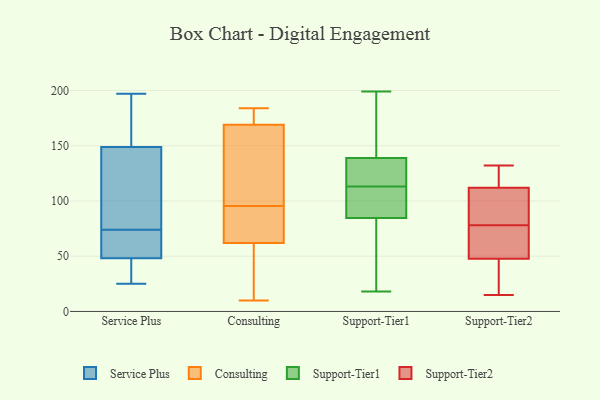
{"axis": {"x": "Revenue (USD Million)", "y": "Value"}, "legend": ["Consulting", "Service Plus", "Support-Tier1", "Support-Tier2"], "data": [{"x": "", "y": 27, "type": "Service Plus"}, {"x": "", "y": 112, "type": "Service Plus"}, {"x": "", "y": 197, "type": "Service Plus"}, {"x": "", "y": 172, "type": "Service Plus"}, {"x": "", "y": 54, "type": "Service Plus"}, {"x": "", "y": 68, "type": "Service Plus"}, {"x": "", "y": 31, "type": "Service Plus"}, {"x": "", "y": 64, "type": "Service Plus"}, {"x": "", "y": 141, "type": "Service Plus"}, {"x": "", "y": 112, "type": "Service Plus"}, {"x": "", "y": 25, "type": "Service Plus"}, {"x": "", "y": 74, "type": "Service Plus"}, {"x": "", "y": 186, "type": "Service Plus"}, {"x": "", "y": 62, "type": "Consulting"}, {"x": "", "y": 126, "type": "Consulting"}, {"x": "", "y": 10, "type": "Consulting"}, {"x": "", "y": 18, "type": "Consulting"}, {"x": "", "y": 102, "type": "Consulting"}, {"x": "", "y": 148, "type": "Consulting"}, {"x": "", "y": 89, "type": "Consulting"}, {"x": "", "y": 184, "type": "Consulting"}, {"x": "", "y": 15, "type": "Consulting"}, {"x": "", "y": 176, "type": "Consulting"}, {"x": "", "y": 86, "type": "Consulting"}, {"x": "", "y": 79, "type": "Consulting"}, {"x": "", "y": 183, "type": "Consulting"}, {"x": "", "y": 169, "type": "Consulting"}, {"x": "", "y": 63, "type": "Support-Tier1"}, {"x": "", "y": 147, "type": "Support-Tier1"}, {"x": "", "y": 100, "type": "Support-Tier1"}, {"x": "", "y": 161, "type": "Support-Tier1"}, {"x": "", "y": 18, "type": "Support-Tier1"}, {"x": "", "y": 79, "type": "Support-Tier1"}, {"x": "", "y": 110, "type": "Support-Tier1"}, {"x": "", "y": 131, "type": "Support-Tier1"}, {"x": "", "y": 116, "type": "Support-Tier1"}, {"x": "", "y": 199, "type": "Support-Tier1"}, {"x": "", "y": 122, "type": "Support-Tier1"}, {"x": "", "y": 90, "type": "Support-Tier1"}, {"x": "", "y": 112, "type": "Support-Tier2"}, {"x": "", "y": 47, "type": "Support-Tier2"}, {"x": "", "y": 89, "type": "Support-Tier2"}, {"x": "", "y": 76, "type": "Support-Tier2"}, {"x": "", "y": 40, "type": "Support-Tier2"}, {"x": "", "y": 119, "type": "Support-Tier2"}, {"x": "", "y": 120, "type": "Support-Tier2"}, {"x": "", "y": 112, "type": "Support-Tier2"}, {"x": "", "y": 82, "type": "Support-Tier2"}, {"x": "", "y": 68, "type": "Support-Tier2"}, {"x": "", "y": 78, "type": "Support-Tier2"}, {"x": "", "y": 39, "type": "Support-Tier2"}, {"x": "", "y": 50, "type": "Support-Tier2"}, {"x": "", "y": 132, "type": "Support-Tier2"}, {"x": "", "y": 15, "type": "Support-Tier2"}]}